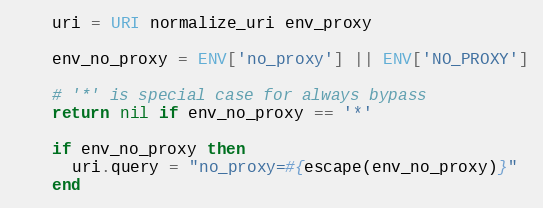
Language: Ruby
    uri = URI normalize_uri env_proxy

    env_no_proxy = ENV['no_proxy'] || ENV['NO_PROXY']

    # '*' is special case for always bypass
    return nil if env_no_proxy == '*'

    if env_no_proxy then
      uri.query = "no_proxy=#{escape(env_no_proxy)}"
    end